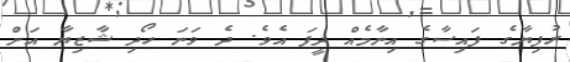
ރުފިޔާގެ ފައިސާގެ އިނާމެއް ދީފަ އެވެ. ދެ ވަނަ ހޯދި ޝާޒިޔާ އަށް